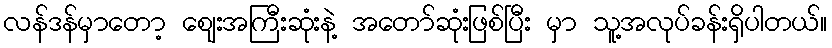
လန်ဒန်မှာတော့ ဈေးအကြီးဆုံးနဲ့ အတော်ဆုံးဖြစ်ပြီး မှာ သူ့အလုပ်ခန်းရှိပါတယ်။